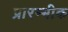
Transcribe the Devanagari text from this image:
प्रारम्भीक